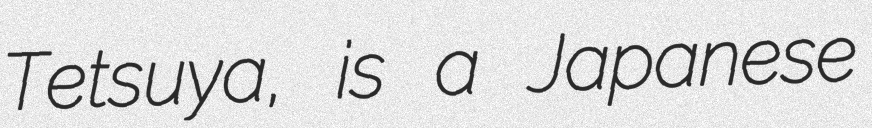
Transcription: Tetsuya, is a Japanese